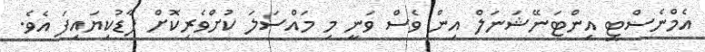
އެމްނެސްޓީ އިންޓަނޭޝަނަލް އިން ވެސް ވަނީ މި މައްސަލަ ކުށްވެރިކޮށް ފާޑުކިޔައިފަ އެވެ.